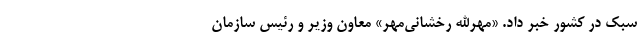
سبک در کشور خبر داد. «مهرالله رخشانی‌مهر» معاون وزیر و رئیس سازمان